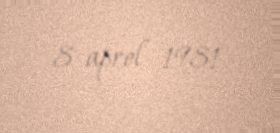
8 aprel 1981